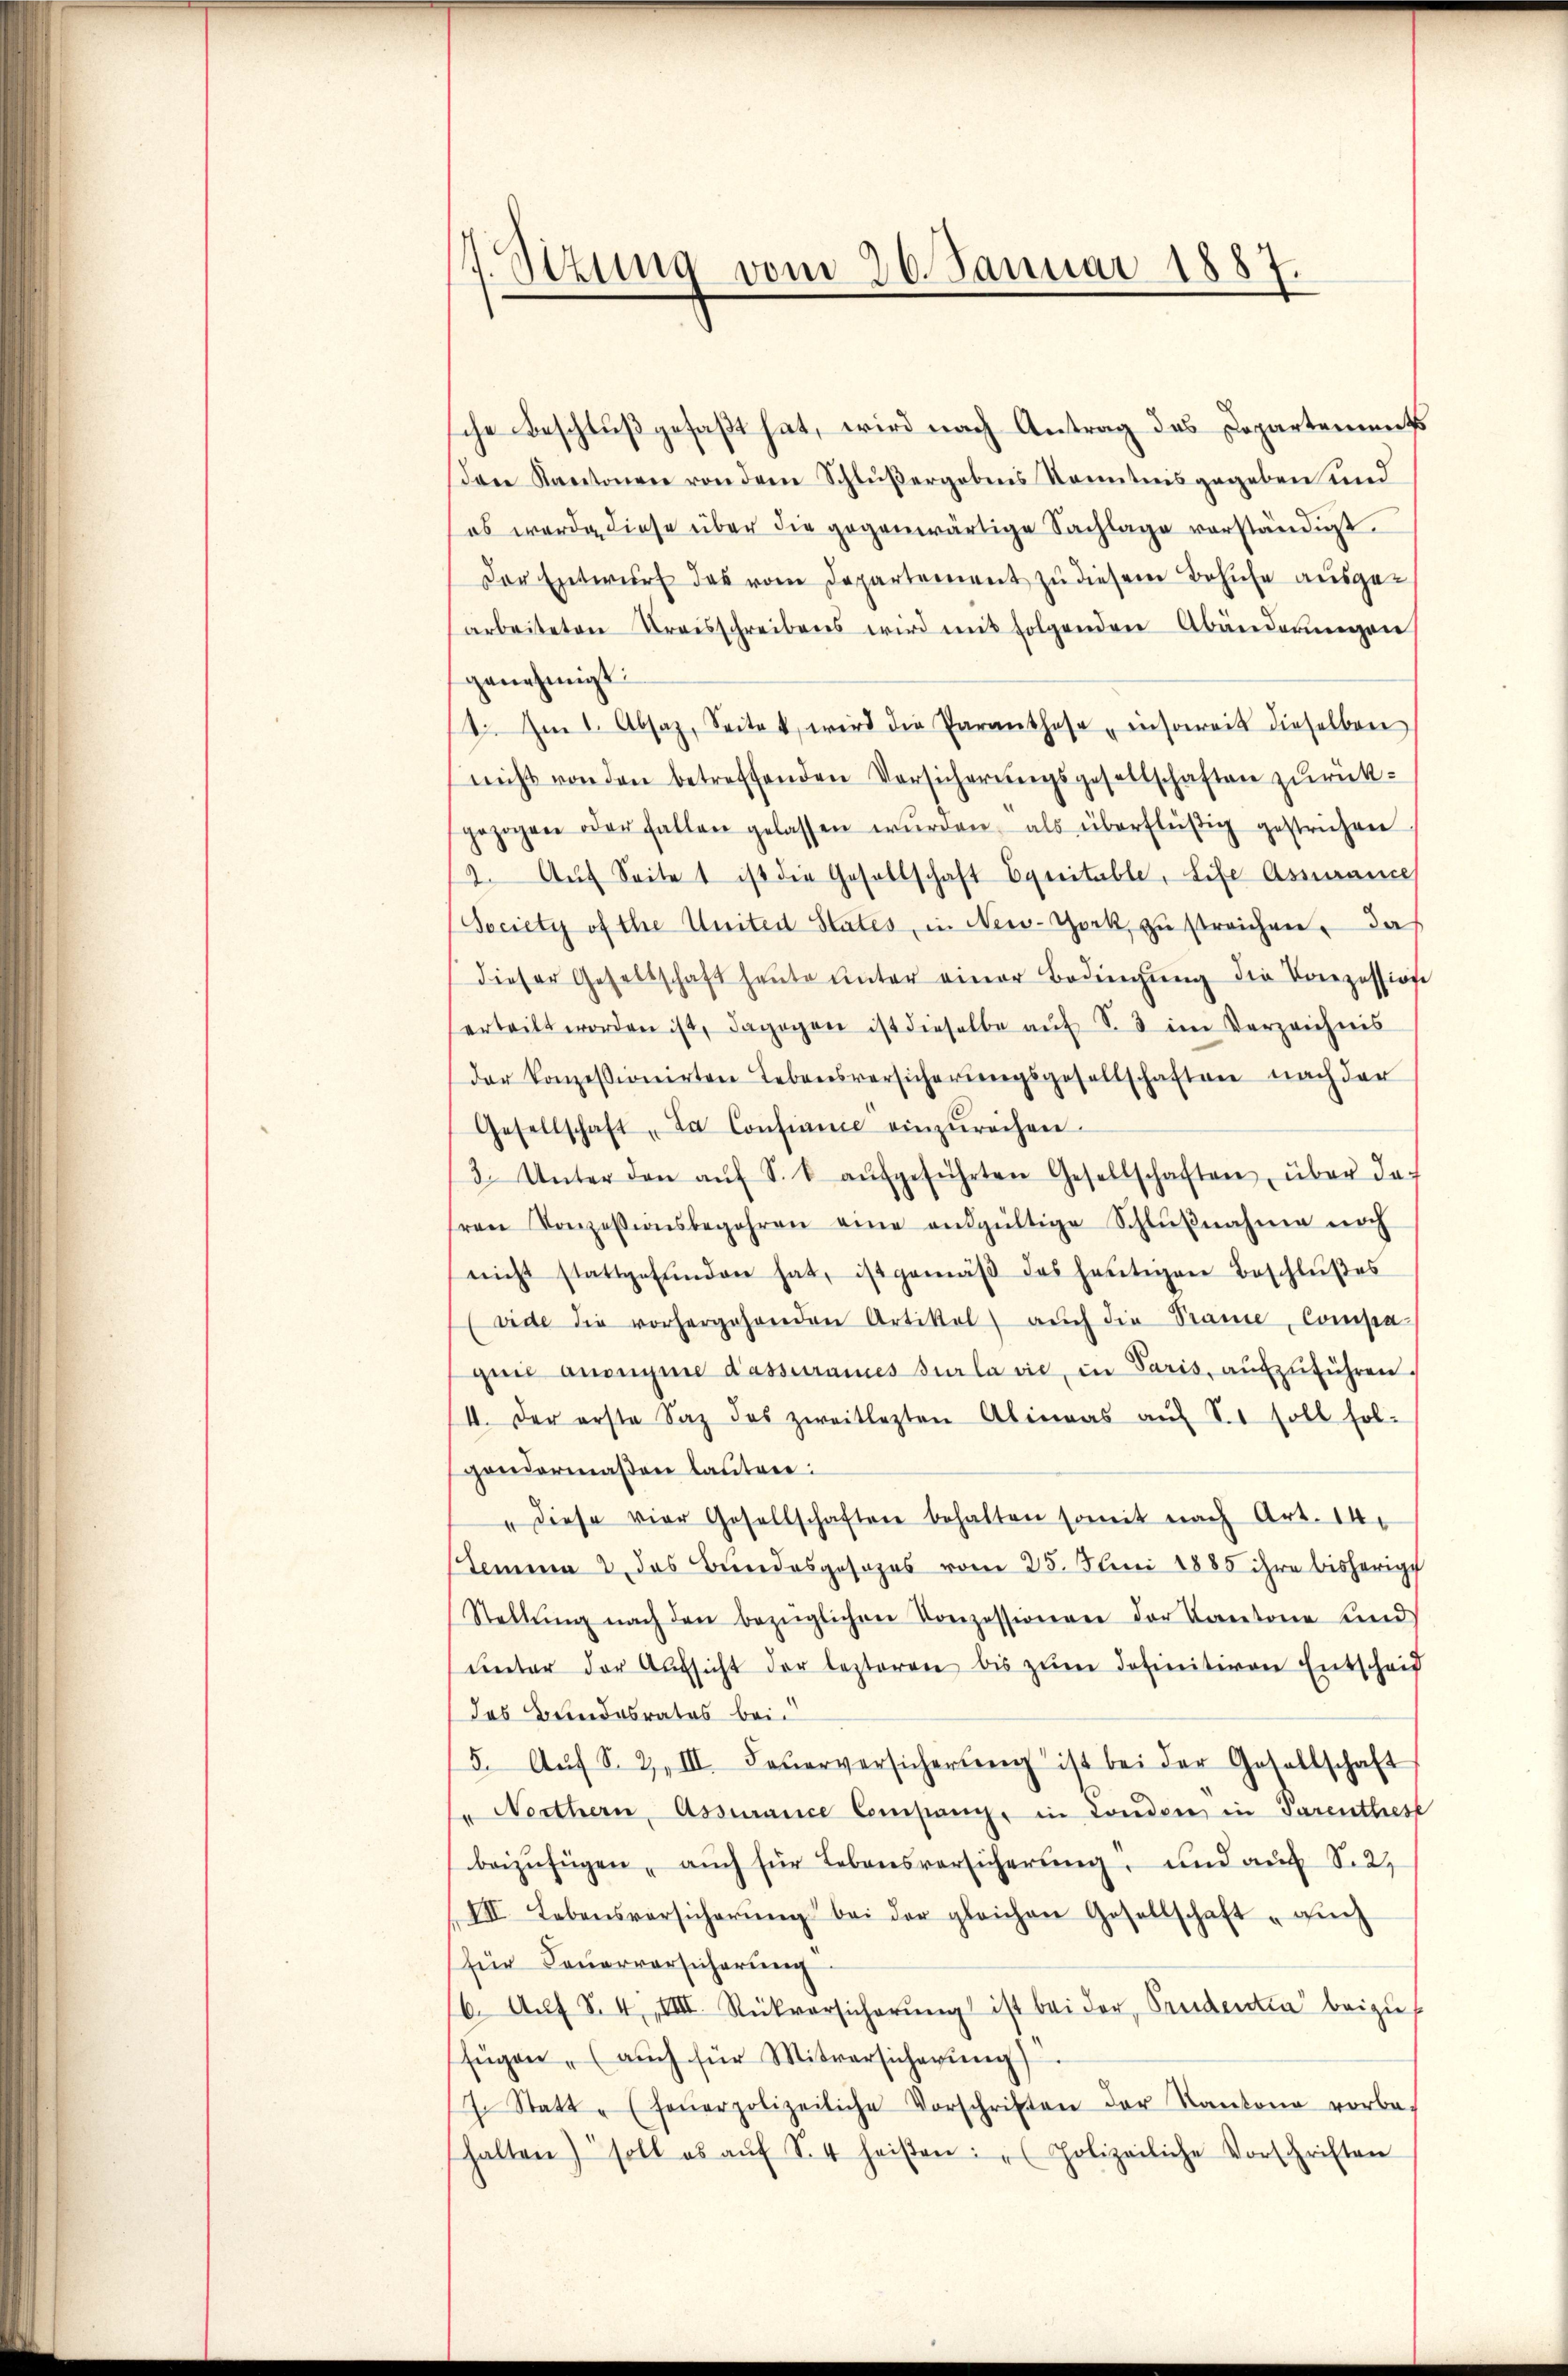
17. Ottung vom 26. Januar 1887.

che Beschluß gefaßt hat, wird nach Antrag des Departements
Den Kantonen von dem Schlüßergebens Kenntnisgegeben und
es werde diese über die gegenwärtige Sachlage vorständigt.
Der Entwurf das vom Departement zu diesem Behufe ausgearbeiteten Kreisschreibens wird mit folgenden Abänderungen
genehmigt.
t: Am 1. Absaz, Seitet wird die Paranthese insoweit dieselben
nicht von den betreffenden Vorsicherŭngsgesellschaften zŭrück-
gezogen oder fallen gelassen wŭrden, als überflüßig gestrichen
2. Aŭf Seite 1 ist die Gesellschaft Equitable, Life Assurance
Society of the Uniten States, in New-York, zu streichen. Das
dieser Gesellschaft heŭte ŭnter einer Bedingŭng die Vorezession
erteilt worden ist, dagegen ist dieselbe aŭf S. 3 im Verzeichnis
(der konzessionirten Lebensversicherŭngsgesellschaften nach der
Gesellschaft "Da Consinne einzŭrechen.
3. Unter den aŭf S. 8 aŭfgeführten Gesellschaften, über da
ren Konzessionsbegehren eine aŭsgültige Schlŭβnahme noch
nicht stattgefŭnden hat, ist gemäβ das heŭtigen Beschlŭβes
vide die vorhergehenden Artikel aŭch die Prämie, Compa
quie anonyme d’assurames sur la vie, in Paris, aufzuführen.
I. Der erste Saz des zweitlezten Alinas aŭf So soll fol-
gondermaßen lauten:
" diese vier Gesellschaften behalten somit nach Art. 14.
Lemma 2 das Bundesgesezes vom 25. Juni 1885 ihre bisherige
Stellŭng nach den bezüglichen Konzessionen der Kantone und
ŭnter der Aŭfsicht der lezteren bis zŭm definitiven Entscheid
das Bundesrates bei.
5. Aŭf S. Z III. Feŭerversicherŭng ist bei der Gesellschaft
" Nerthern, Assurance Companz, in London in Parenthes
beizufügen, aŭch für Lebensversicherŭng, und auf S.2.
VII. Lebensvorsicherŭng bei der gleichen Gesellschaft "aŭch
für Feuerversicherŭng.
b. Aŭf S. 4, VIII. Rückversicherŭng ist bei der Pendentia beizuf
fügen (auch für Mitversicherŭng
7. Statt" (feŭerpolizeiliche Vorschriften der Kantone vorbe-
halten soll es aŭf S. 4 heißen: „Polizeiliche Vorschriften